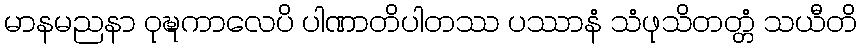
မာနမညနာ ဝုဍ္ဎကာလေပိ ပါဏာတိပါတဿ ပဿာနံ သံဖုသိတတ္တံ သယီတိ